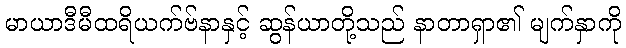
မာယာဒီမီထရိယက်ဗ်နာနှင့် ဆွန်ယာတို့သည် နာတာရှာ၏ မျက်နှာကို